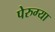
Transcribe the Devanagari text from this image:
पेरुग्या